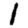
Digit: 1